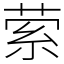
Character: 萦